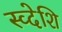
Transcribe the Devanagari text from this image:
स्व्देशि